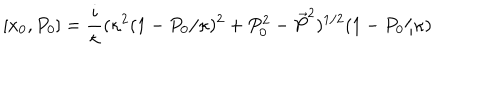
[ x _ { 0 } , P _ { 0 } ] = \frac { i } { \kappa } ( \kappa ^ { 2 } ( 1 - P _ { 0 } / \kappa ) ^ { 2 } + P _ { 0 } ^ { 2 } - \vec { P } ^ { 2 } ) ^ { 1 / 2 } ( 1 - P _ { 0 } / \kappa )